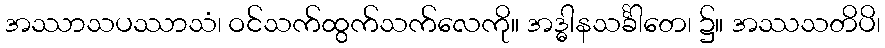
အဿာသပဿာသံ၊ ဝင်သက်ထွက်သက်လေကို။ အဒ္ဓါနသင်္ခါတေ၊ ၌။ အဿသတိပိ၊